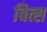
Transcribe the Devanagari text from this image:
बित्स